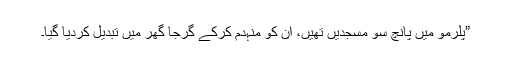
”پلرمو میں پانچ سو مسجدیں تھیں، ان کو منہدم کرکے گرجا گھر میں تبدیل کردیا گیا۔